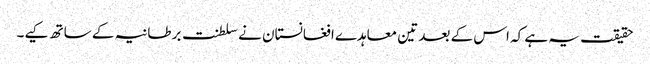
حقیقت یہ ہے کہ اس کے بعد تین معاہدے افغانستان نے سلطنت برطانیہ کے ساتھ کیے۔